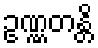
ဥဏ္ဏတန္တိ